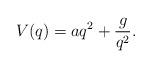
LaTeX: \begin{align*} V(q) = aq^2 + \frac{g}{q^2}.\end{align*}